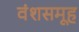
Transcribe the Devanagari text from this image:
वंशसमूह